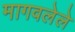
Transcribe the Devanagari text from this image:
मागवलेले